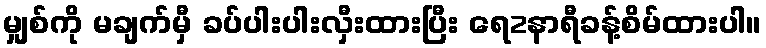
မျှစ်ကို မချက်မှီ ခပ်ပါးပါးလှီးထားပြီး ရေ2နာရီခန့်စိမ်ထားပါ။